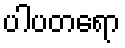
ပါပတရော